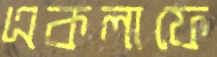
একলাফে